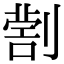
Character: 𠟗